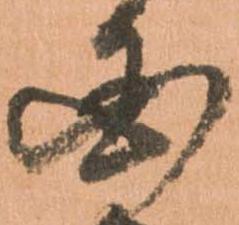
国